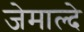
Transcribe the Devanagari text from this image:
जेमाल्दे